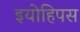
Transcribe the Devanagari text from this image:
इयोहिपस